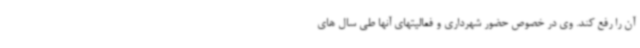
آن را رفع کند. وی در خصوص حضور شهرداری و فعالیتهای آنها طی سال های